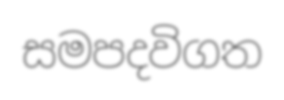
සමපදවිගත